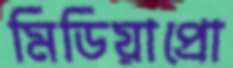
মিডিয়াপ্রো